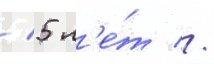
/ 5 л'е́т //